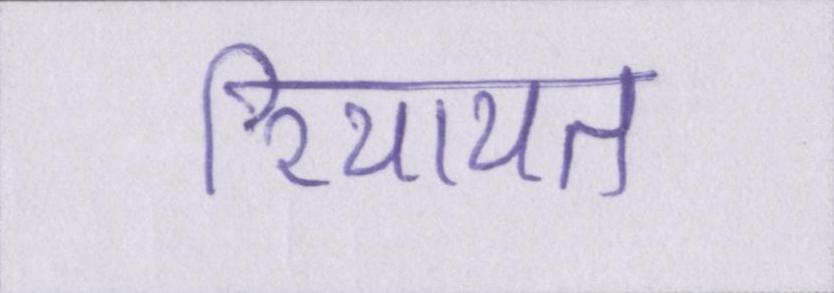
रियायत